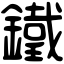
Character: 鐵